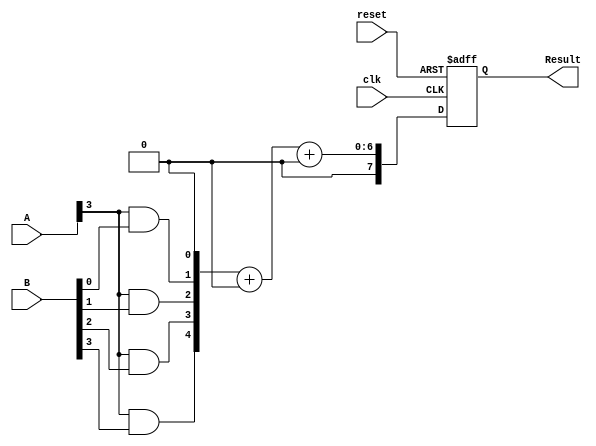
module FaultTolerantWallaceTreeMultiplier #(parameter n = 4, parameter m = 2*n) (
    input [n-1:0] A,
    input [n-1:0] B,
    input clk,
    input reset,
    output reg [m-1:0] Result
);

    // Partial products
    wire [n-1:0] PP[n-1:0]; // Partial products
    reg [m-1:0] partial_sums[m-1:0]; // Partial sums for Wallace tree

    // Generate partial products
    genvar i, j;
    generate
        for (i = 0; i < n; i = i + 1) begin : gen_partial_products
            for (j = 0; j < n; j = j + 1) begin : gen_and
                assign PP[i][j] = A[i] & B[j]; // AND gates
            end
        end
    endgenerate

    // Wallace Tree Reduction Stage
    reg [m-1:0] sum, carry;
    integer k;
    always @(*) begin
        // Initialize sums and carries
        for (k = 0; k < m; k = k + 1) begin
            partial_sums[k] = 0;
        end

        // Reduce the partial products
        for (k = 0; k < n; k = k + 1) begin
            partial_sums[k] = {PP[k], 1'b0}; // Align the partial products
        end

        // Apply Wallace tree reduction
        // This needs to be done in stages; simplified here
        // Note: The following code is NOT complete Wallace tree logic but a placeholder
        for (k = 0; k < n; k = k + 1) begin
            {carry, sum} = partial_sums[k] + partial_sums[n+k];
            // Check redundancy in sum/carry
            // Error detection mechanism can be applied here
        end
    end

    // Final addition stage
    always @(posedge clk or posedge reset) begin
        if (reset) begin
            Result <= 0; // Reset the result
        end else begin
            // Final accumulation of sums
            Result <= sum + carry; // Placeholder for final addition logic
        end
    end
    
    // Note: Additional error detection and correction logic to be added here
    // such as parity bit checks or redundant paths.

endmodule